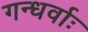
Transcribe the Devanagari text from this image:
गन्धर्वाः